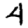
Digit: 4